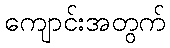
ကျောင်းအတွက်